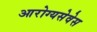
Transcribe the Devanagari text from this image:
आरोग्यसेवेस